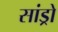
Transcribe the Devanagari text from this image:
सांड्रो